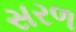
સરળ